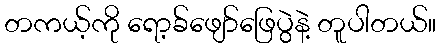
တကယ့်ကို ရော့ခ်ဖျော်ဖြေပွဲနဲ့ တူပါတယ်။